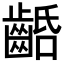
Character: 𪘢